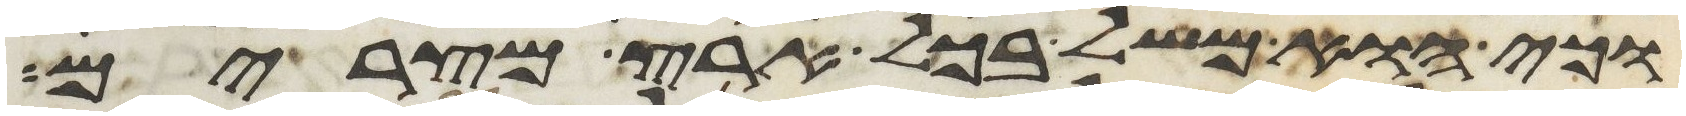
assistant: וכי הוא משל בכל ארץ מצרים